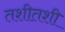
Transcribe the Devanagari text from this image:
तशीतशी